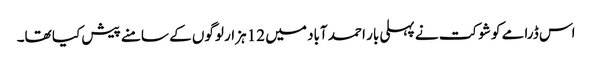
اس ڈرامے کو شوکت نے پہلی بار احمد آباد میں 12 ہزار لوگوں کے سامنے پیش کیا تھا۔